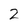
Character: 2